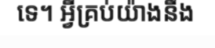
ទេ។ អ្វីគ្រប់យ៉ាងនឹង